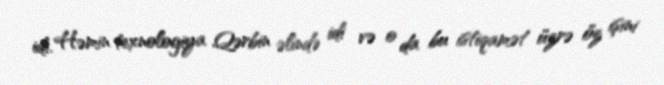
idi. Həmin texnologiya Qərbin əlində idi və o da bu istiqamət üzrə öz işini